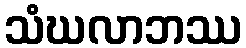
သံဃလာဘဿ